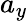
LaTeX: a_{y}